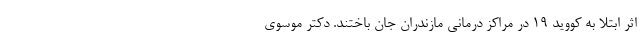
اثر ابتلا به کووید ۱۹ در مراکز درمانی مازندران جان باختند. دکتر موسوی